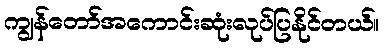
ကျွန်တော်အကောင်းဆုံးလုပ်ပြနိုင်တယ်။